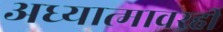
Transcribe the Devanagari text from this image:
अध्यात्मावरही